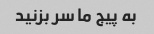
به پیج ما سر بزنید